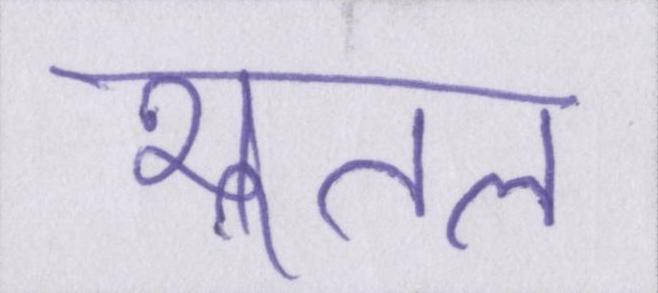
भूतल